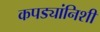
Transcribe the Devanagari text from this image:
कपड्यांनिशी